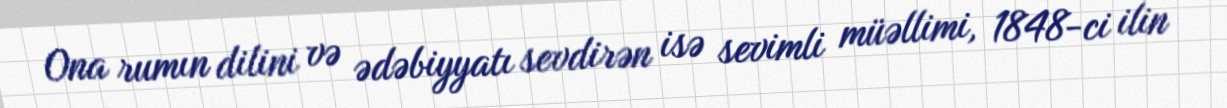
Ona rumın dilini və ədəbiyyatı sevdirən isə sevimli müəllimi, 1848-ci ilin